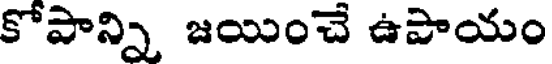
కోపాన్ని జయించే ఉపాయం